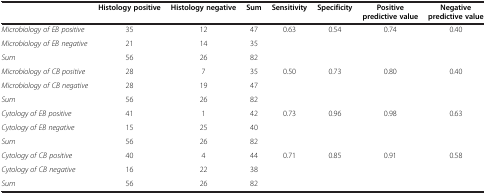
<table><thead><tr><td><b> </b></td><td><b>Histology positive</b></td><td><b>Histology negative</b></td><td><b>Sum</b></td><td><b>Sensitivity</b></td><td><b>Specificity</b></td><td><b>Positive predictive value</b></td><td><b>Negative predictive value</b></td></tr></thead><tbody><tr><td><i>Microbiology of EB positive</i></td><td>35</td><td>12</td><td>47</td><td>0.63</td><td>0.54</td><td>0.74</td><td>0.40</td></tr><tr><td><i>Microbiology of EB negative</i></td><td>21</td><td>14</td><td>35</td><td> </td><td> </td><td> </td><td> </td></tr><tr><td><i>Sum</i></td><td>56</td><td>26</td><td>82</td><td> </td><td> </td><td> </td><td> </td></tr><tr><td><i>Microbiology of CB positive</i></td><td>28</td><td>7</td><td>35</td><td>0.50</td><td>0.73</td><td>0.80</td><td>0.40</td></tr><tr><td><i>Microbiology of CB negative</i></td><td>28</td><td>19</td><td>47</td><td> </td><td> </td><td> </td><td> </td></tr><tr><td><i>Sum</i></td><td>56</td><td>26</td><td>82</td><td> </td><td> </td><td> </td><td> </td></tr><tr><td><i>Cytology of EB positive</i></td><td>41</td><td>1</td><td>42</td><td>0.73</td><td>0.96</td><td>0.98</td><td>0.63</td></tr><tr><td><i>Cytology of EB negative</i></td><td>15</td><td>25</td><td>40</td><td> </td><td> </td><td> </td><td> </td></tr><tr><td><i>Sum</i></td><td>56</td><td>26</td><td>82</td><td> </td><td> </td><td> </td><td> </td></tr><tr><td><i>Cytology of CB positive</i></td><td>40</td><td>4</td><td>44</td><td>0.71</td><td>0.85</td><td>0.91</td><td>0.58</td></tr><tr><td><i>Cytology of CB negative</i></td><td>16</td><td>22</td><td>38</td><td> </td><td> </td><td> </td><td> </td></tr><tr><td><i>Sum</i></td><td>56</td><td>26</td><td>82</td><td> </td><td> </td><td> </td><td> </td></tr></tbody></table>